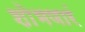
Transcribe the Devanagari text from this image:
शोभणारं